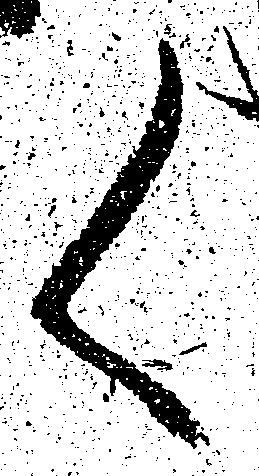
く